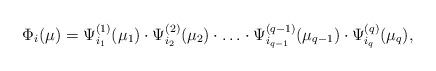
LaTeX: \begin{align*} \Phi_i(\mu) = \Psi_{i_1}^{(1)} (\mu_1) \cdot \Psi_{i_2}^{(2)} (\mu_2) \cdot \ldots \cdot \Psi_{i_{q-1}}^{(q-1)} (\mu_{q-1}) \cdot \Psi_{i_q}^{(q)} (\mu_{q}) ,\end{align*}